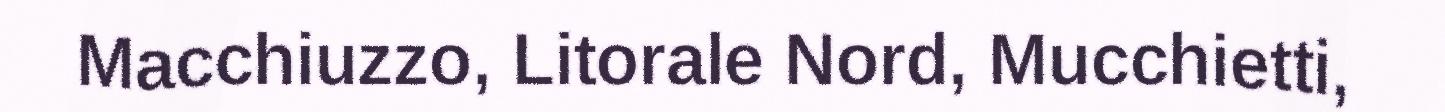
Macchiuzzo, Litorale Nord, Mucchietti,